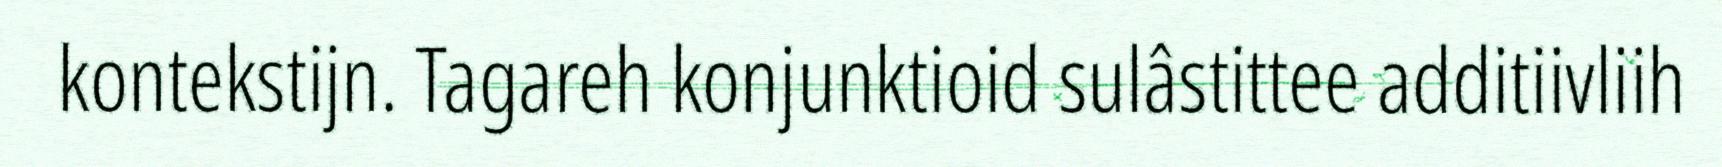
kontekstijn. Tagareh konjunktioid sulâstittee additiivliih